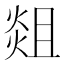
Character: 𭵞